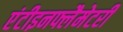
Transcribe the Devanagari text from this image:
एंटीइनफ्लैमेटरी